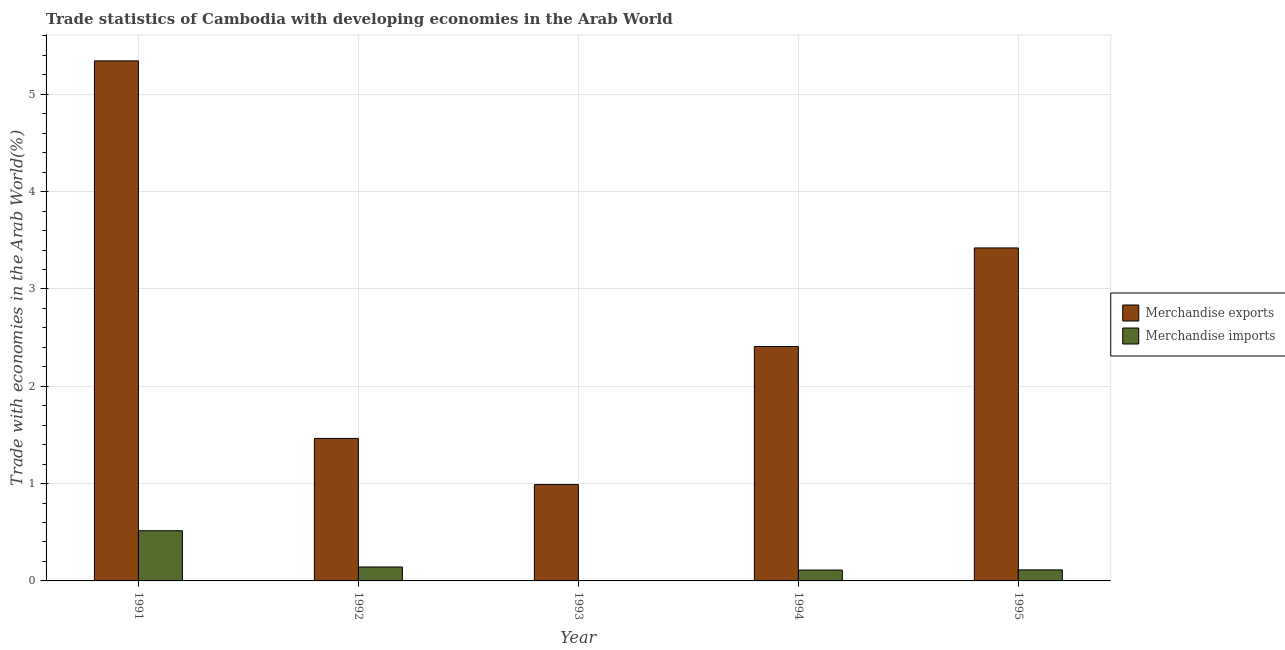
| Year | Merchandise exports | Merchandise imports |
 | --- | --- | --- |
 | 1991 | 5.34 | 0.516 |
 | 1992 | 1.46 | 0.143 |
 | 1993 | 0.99 | 0.00156 |
 | 1994 | 2.41 | 0.112 |
 | 1995 | 3.42 | 0.113 |